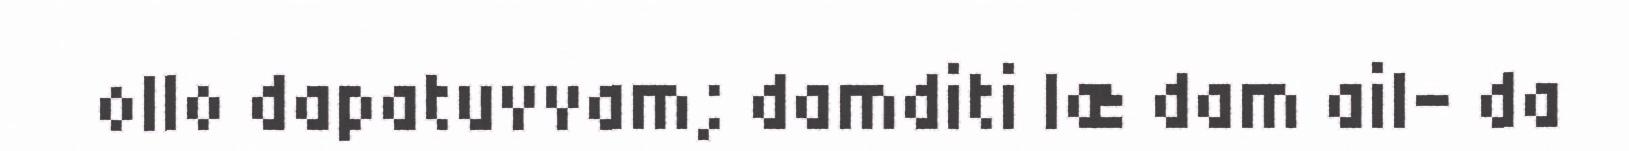
ollo dapatuvvam; damditi læ dam ail- da